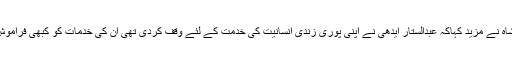
ڈاکٹر نسرین اسلم شاہ نے مزید کہاکہ عبدالستار ایدھی نے اپنی پوری زندی انسانیت کی خدمت کے لئے وقف کردی تھی ان کی خدمات کو کبھی فراموش نہیں کیا جاسکتا۔